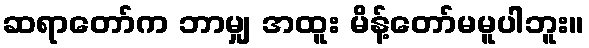
ဆရာတော်က ဘာမျှ အထူး မိန့်တော်မမူပါဘူး။